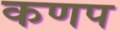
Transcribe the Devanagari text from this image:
कणप